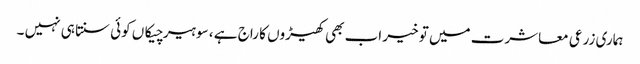
ہماری زرعی معاشرت میں تو خیر اب بھی کھیڑوں کا راج ہے ، سو ہیر چیکاں کوئی سنتا ہی نہیں ۔